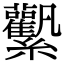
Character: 𧆉